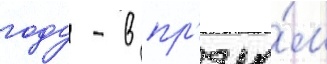
году - в пр'ямо́м